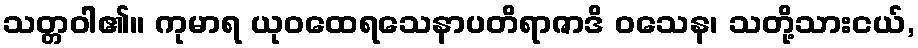
သတ္တဝါ၏။ ကုမာရ ယုဝထေရသေနာပတိရာဇာဒိ ဝသေန၊ သတို့သားငယ်,